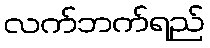
လက်ဘက်ရည်